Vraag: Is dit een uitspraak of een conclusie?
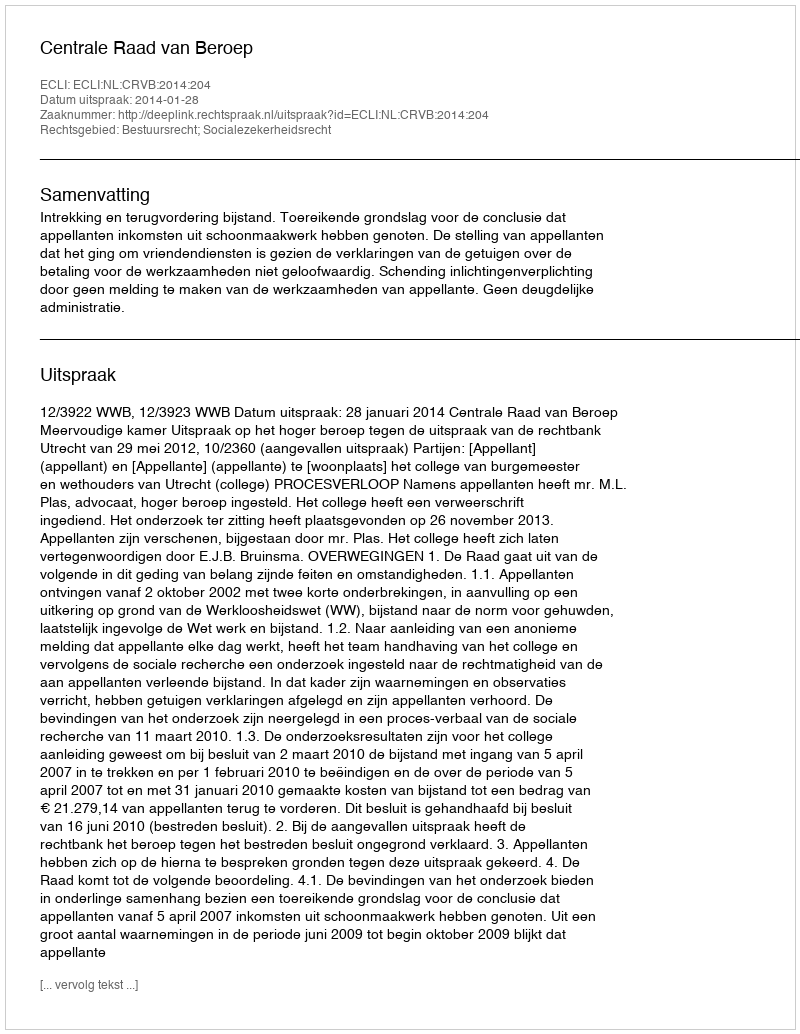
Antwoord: Uitspraak